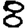
Digit: 8